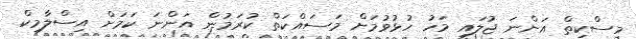
މިސްކިތް އަންނަ ޖުލައި މަހު ހުޅުވުމަށް މަސައްކަތް ކުރަމުން އަންނަ ކަމަށް އިސްލާމިކް